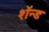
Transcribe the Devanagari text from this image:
शॅन्ड